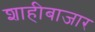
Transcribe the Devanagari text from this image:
शाहीबाजार